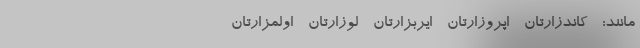
مانند: - کاندزارتان - اپروزارتان - ایربزارتان - لوزارتان - اولمزارتان